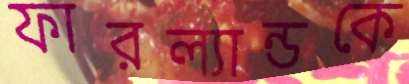
ফারল্যান্ডকে